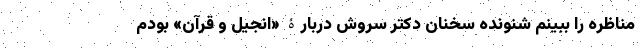
مناظره را ببینم شنونده سخنان دکتر سروش دربارۀ «انجیل و قرآن» بودم